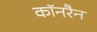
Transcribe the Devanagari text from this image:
कॉनरैन